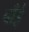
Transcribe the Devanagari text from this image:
बाँईं